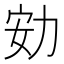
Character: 𠡓